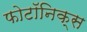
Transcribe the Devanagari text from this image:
फोटॉनिक्स